Punjab Mental Hospital Lahore 1922-31 - 1922-1931
Year: 1922
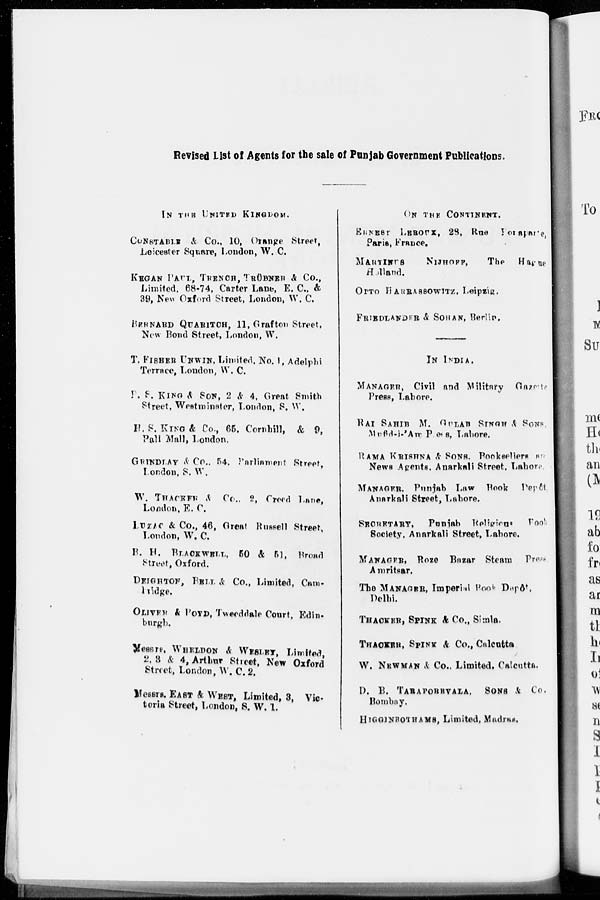
Revised List of Agents for the sale of Punjab Government Publications.
IN THE UNITED KINGDOM.
CONSTABLE & Co., 10, Orange Street,
Leicester Square, London, W. C.
KEGAN PAUL, TRENCH, TRÜBNER & Co.,
Limited, 68-74, Carter Lane, E. C., &
39, New Oxford Street, London, W. C.
BERNARD QUARITCH, 11, Grafton Street,
New Bond Street, London, W.
T. FISHER UNWIN, Limited, No. 1, Adelphi
Terrace, London, W. C.
P. S. KING & SON, 2 & 4, Great Smith
Street, Westminster, London, S. W.
H. S. KING & Co., 65, Cornhill, & 9,
Pall Mall, London.
GRINDLAY & Co., 54, Parliament Street,
London, S. W.
W. THACKER & Co.. 2, Creed Lane,
London, E. C.
LUZAC & Co., 46, Great Russell Street,
London, W. C.
B. H. BLACKWELL, 50 & 51, Broad
Street, Oxford.
DEIGHTON, BELL & Co., Limited, Cam-
bridge.
OLIVER & BOYD, Tweeddale Court, Edin.
burgh.
Messre, WHELDON & WESLEY, Limited,
2, 3 & 4, Arthur Street, New Oxford
Street, London, W. C. 2.
Messrs, EAST & WEST, Limited, 3, Vic¬
toria Street, London, S. W. 1.
ON THE CONTINENT.
ERNEST LEROUX, 28, Rue Bonaparte,
Paris, France.
MARTINUS NIJHOFF,
The Hague
Holland.
OTTO HARRASOWITZ, Leipzig.
FRIEDLANDER & SOHAN, Berlin.
IN INDIA.
MANAGER, Civil and Military Gazette
Press, Lahore.
RAI SAHIB M. GULAB SINGH & SONS,
Mufid-i-'Am Press, Lahore.
RAMA KRISHNA & SONS, Booksellers an
News Agents, Anarkali Street, Lahore
MANAGER. Punjab Law Book Depôt
Anarkali Street, Lahore.
SECRETARY, Punjab Religions Book
Society, Anarkali Street, Lahore.
MANAGER, Roze Bazar Steam Press
Amritsar.
The MANAGER, Imperial Book Depôt.
Delhi.
THACKER, SPINK & Co., Simla.
THACKER, SPINK & Co., Calcutta
W. NEWMAN & Co., Limited. Calcutta.
D. B. TARAPOREVALA, SONS & Co.
Bombay.
HIGGINBOTHAMS, Limited, Madras,